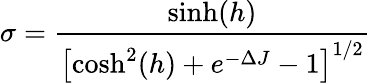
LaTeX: \sigma=\frac{\sinh(h)}{\left[\cosh^{2}(h)+e^{-\Delta J}-1\right]^{1/2}}